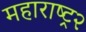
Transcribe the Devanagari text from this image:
महाराष्ट्र२